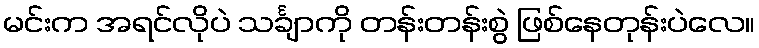
မင်းက အရင်လိုပဲ သင်္ချာကို တန်းတန်းစွဲ ဖြစ်နေတုန်းပဲလေ။